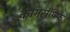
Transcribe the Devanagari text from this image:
कागसॉफ्फ